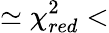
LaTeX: \simeq\chi_{red}^{2}<